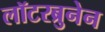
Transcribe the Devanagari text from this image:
लॉटरब्रुनेन